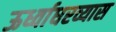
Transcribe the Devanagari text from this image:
ऊर्ध्वाधरव्यास